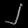
Digit: ၂